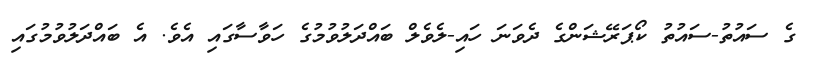
ގެ ސައުތު-ސައުތު ކޯޕަރޭޝަންގެ ދެވަނަ ހައި-ލެވެލް ބައްދަލުވުމުގެ ހަވާސާގައި އެވެ. އެ ބައްދަލުވުމުގައި